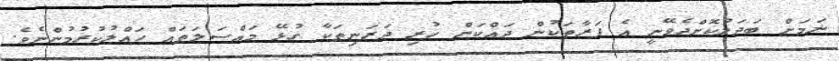
ނަމަށް ބަދަލުކޮށްދެވޭނީ އެ ފަރާތަކުން ދައްކަން ހުރި ދަރަނިތަކާ ގުޅޭ މައްސަލަތައް ހައްލުކުރުމުންނެވެ.